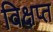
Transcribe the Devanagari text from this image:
विक्षप्त